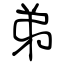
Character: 弟